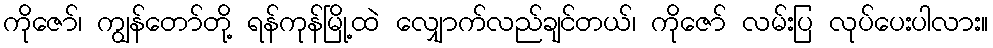
ကိုဇော်၊ ကျွန်တော်တို့ ရန်ကုန်မြို့ထဲ လျှောက်လည်ချင်တယ်၊ ကိုဇော် လမ်းပြ လုပ်ပေးပါလား။